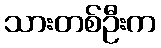
သားတစ်ဦးက